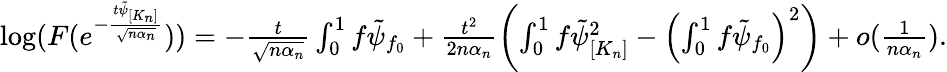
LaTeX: \begin{array}{r}{\log(F(e^{-\frac{t\tilde{\psi}_{[K_{n}]}}{\sqrt{n\alpha_{n}}}}))=-\frac{t}{\sqrt{n\alpha_{n}}}\int_{0}^{1}f\tilde{\psi}_{f_{0}}+\frac{t^{2}}{2n\alpha_{n}}\left(\int_{0}^{1}f\tilde{\psi}_{[K_{n}]}^{2}-\left(\int_{0}^{1}f\tilde{\psi}_{f_{0}}\right)^{2}\right)+o(\frac{1}{n\alpha_{n}}).}\end{array}